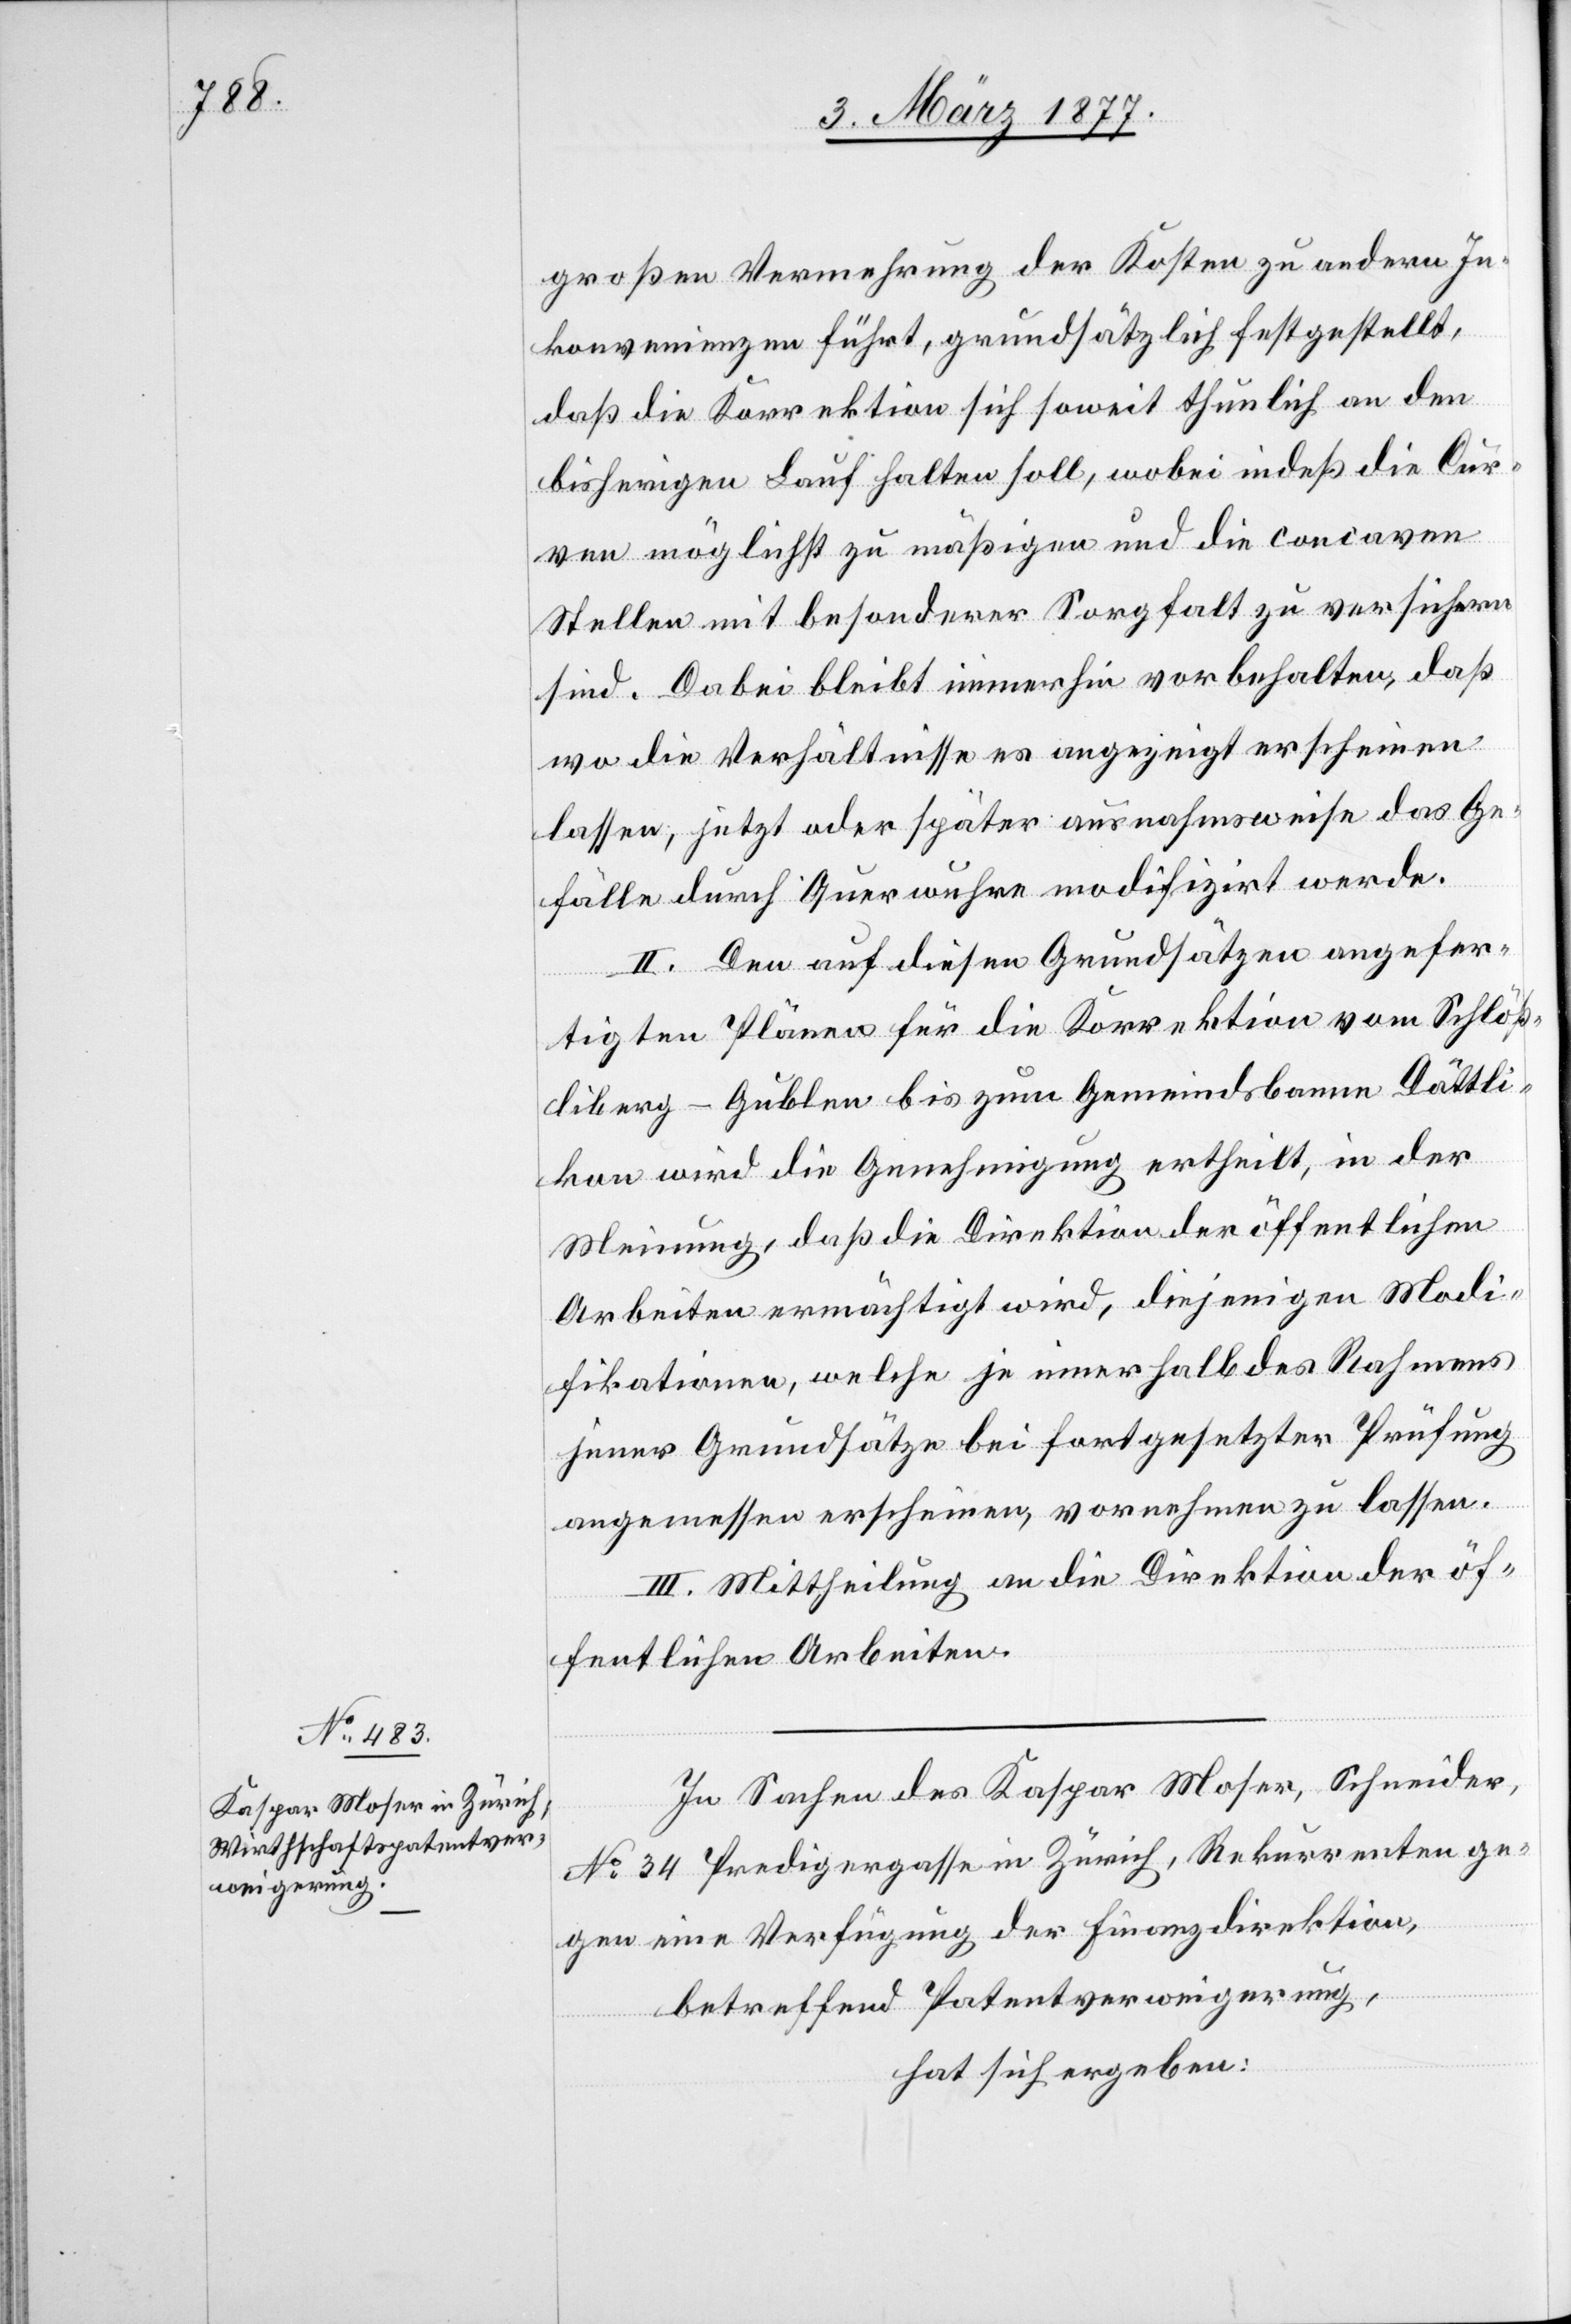
großen Vermehrung der Kosten zu andern In¬
konvenienzen führt, grundsätzlich festgestellt,
daß die Korrektion sich soweit thunlich an den
bisherigen Lauf halten soll, wobei indeß die Cur¬
ven möglichst zu mäßigen und die concaven
Stellen mit besonderer Sorgfalt zu versichern
sind. Dabei bleibt immerhin vorbehalten, daß
wo die Verhältnisse es angezeigt erscheinen
lassen, jetzt oder später ausnahmsweise das Ge¬
fälle durch Querwuhren modifizirt werde.
II. Den auf diesen Grundsätzen angefer¬
tigten Plänen für die Korrektion vom Schlöß¬
liberg-Gublen bis zum Gemeindsbanne Dättli¬
kon wird die Genehmigung ertheilt, in der
Meinung, daß die Direktion der öffentlichen
Arbeiten ermächtigt wird, diejenigen Modi¬
fikationen, welche je innerhalb des Rahmens
jener Grundsätze bei fortgesetzter Prüfung
angemessen erscheinen, vornehmen zu lassen.
III. Mittheilung an die Direktion der öf¬
fentlichen Arbeiten.
In Sachen des Kaspar Moser, Schneider,
No 34 Predigergasse in Zürich, Rekurrenten ge¬
gen eine Verfügung der Finanzdirektion,
betreffend Patentverweigerung,
hat sich ergeben: